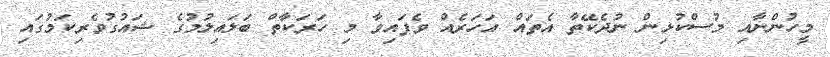
މީހުންނާއި މުސްކުޅިން ނުދެކޭތާ އެތައް އަހަރެއް ވެފައިވާ މި ހަރަކާތް ބަލައިލުމުގެ ޝައުގުވެރިކަމުގައި